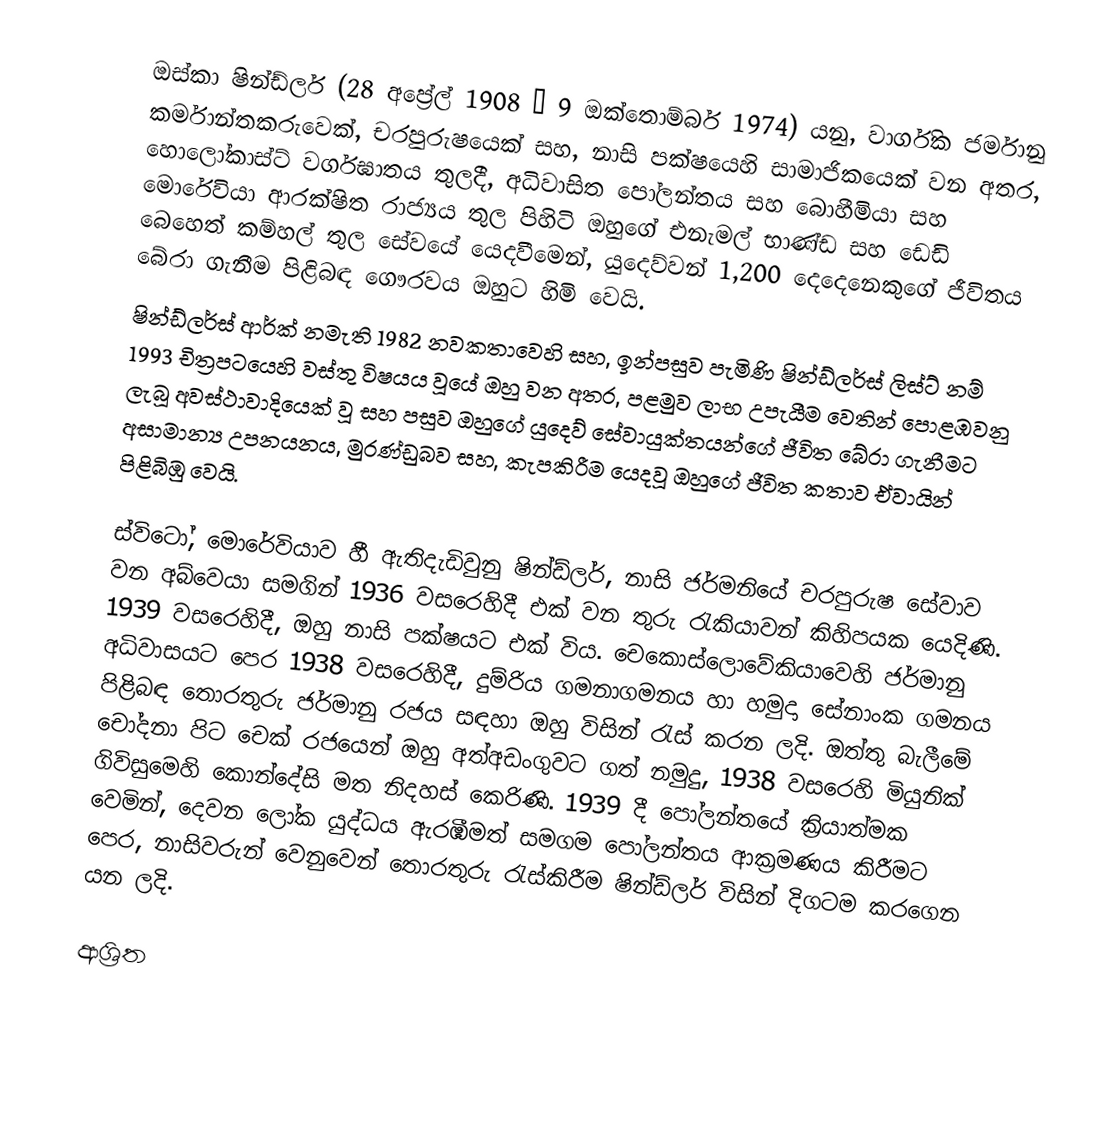
ඔස්කා ෂින්ඩ්ලර් (28 අප්‍රේල් 1908 –  9 ඔක්තොම්බර් 1974) යනු, වාර්ගික ජර්මානු කර්මාන්තකරුවෙක්, චරපුරුෂයෙක් සහ, නාසි පක්ෂයෙහි සාමාජිකයෙක් වන අතර,  හොලෝකාස්ට් වර්ගඝාතය තුලදී,  අධිවාසිත පෝලන්තය සහ  බොහීමියා සහ මොරේවියා ආරක්ෂිත රාජ්‍යය තුල පිහිටි ඔහුගේ එනැමල් භාණ්ඩ සහ  ඩෙඩි බෙහෙත් කම්හල් තුල සේවයේ යෙදවීමෙන්, යුදෙව්වන් 1,200 දෙදෙනෙකුගේ ජීවිතය බේරා ගැනීම පිළිබඳ ගෞරවය ඔහුට හිමි වෙයි.
ෂින්ඩ්ලර්ස් ආර්ක් නමැති 1982 නවකතාවෙහි සහ, ඉන්පසුව පැමිණි  ෂින්ඩ්ලර්ස් ලිස්ට් නම් 1993 චිත්‍රපටයෙහි වස්තු විෂයය වූයේ ඔහු වන අතර, පළමුව ලාභ උපැයීම වෙතින් පොළඹවනු ලැබූ අවස්ථාවාදියෙක් වූ සහ පසුව  ඔහුගේ යුදෙව් සේවායුක්තයන්ගේ ජීවිත බේරා ගැනීමට අසාමාන්‍ය උපනයනය, මුරණ්ඩුබව සහ, කැපකිරීම යෙදවූ ඔහුගේ ජීවිත කතාව ඒවායින් පිළිබිඹු වෙයි.

ස්විටෝ, මොරේවියාව හී ඇතිදැඩිවුනු ෂින්ඩ්ලර්, නාසි ජර්මනියේ චරපුරුෂ සේවාව වන අබ්වෙයා සමගින් 1936 වසරෙහිදී එක් වන තුරු රැකියාවන් කිහිපයක යෙදිණි. 1939 වසරෙහිදී, ඔහු නාසි පක්ෂයට එක් විය.  චෙකොස්ලොවේකියාවෙහි ජර්මානු අධිවාසයට පෙර 1938 වසරෙහිදී, දුම්රිය ගමනාගමනය හා හමුදා සේනාංක ගමනය පිළිබඳ තොරතුරු ජර්මානු රජය සඳහා ඔහු විසින් රැස් කරන ලදි. ඔත්තු බැලීමේ චෝදනා පිට චෙක් රජයෙන් ඔහු අත්අඩංගුවට ගත් නමුදු, 1938 වසරෙහි  මියුනික් ගිවිසුමෙහි කොන්දේසි මත නිදහස් කෙරිණි. 1939 දී පෝලන්තයේ ක්‍රියාත්මක වෙමින්, දෙවන ලෝක යුද්ධය ඇරඹීමත් සමගම   පෝලන්තය ආක්‍රමණය කිරීමට පෙර, නාසිවරුන් වෙනුවෙන් තොරතුරු රැස්කිරීම ෂින්ඩ්ලර් විසින් දිගටම කරගෙන යන ලදි.

ආශ්‍රිත